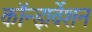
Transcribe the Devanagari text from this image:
कॉन्झर्वेशन